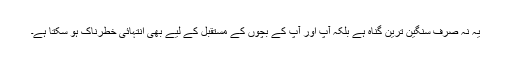
یہ نہ صرف سنگین ترین گناہ ہے بلکہ آپ اور آپ کے بچوں کے مستقبل کے لیے بھی انتہائی خطرناک ہو سکتا ہے۔